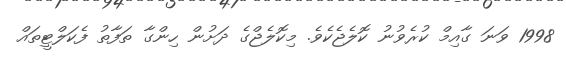
1998 ވަނަ ގާއިމް ކުރެވުނު ކޮލެޖެކެވެ. މިކޮލެޖްގެ ދަށުން ހިންގާ ތަފާތު ފެކަލްޓީތައް